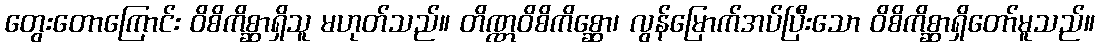
တွေးတောကြောင်း ဝိစိကိစ္ဆာရှိသူ မဟုတ်သည်။ တိဏ္ဏဝိစိကိစ္ဆော၊ လွန်မြောက်အပ်ပြီးသော ဝိစိကိစ္ဆာရှိတော်မူသည်။